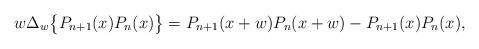
LaTeX: \begin{align*}w\Delta_w\big\{P_{n+1}(x)P_n(x)\big\} =P_{n+1}(x+w)P_n(x+w)-P_{n+1}(x)P_n(x),\end{align*}